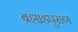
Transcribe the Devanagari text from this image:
ब्रह्मा़डपुराण